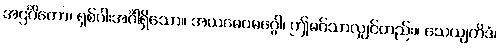
အဌင်္ဂိကော၊ ရှစ်ပါးအင်္ဂါရှိသော။ အယမေဝမဂ္ဂေါ၊ ဤမဂ်သာလျှင်တည်း။ သေယျတိဒံ၊